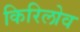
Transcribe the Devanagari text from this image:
किरिलोव